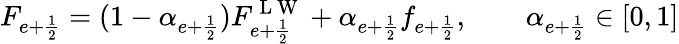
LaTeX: F_{e+\frac{1}{2}}=(1-\alpha_{e+\frac{1}{2}})F_{e+\frac{1}{2}}^{\mathrm{~L~W~}}+\alpha_{e+\frac{1}{2}}f_{e+\frac{1}{2}},\qquad\alpha_{e+\frac{1}{2}}\in[0,1]